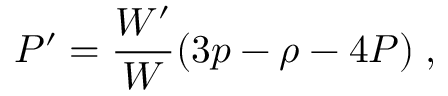
P ^ { \prime } = \frac { W ^ { \prime } } { W } ( 3 p - \rho - 4 P ) \; ,